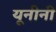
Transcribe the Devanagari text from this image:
यूनीनी